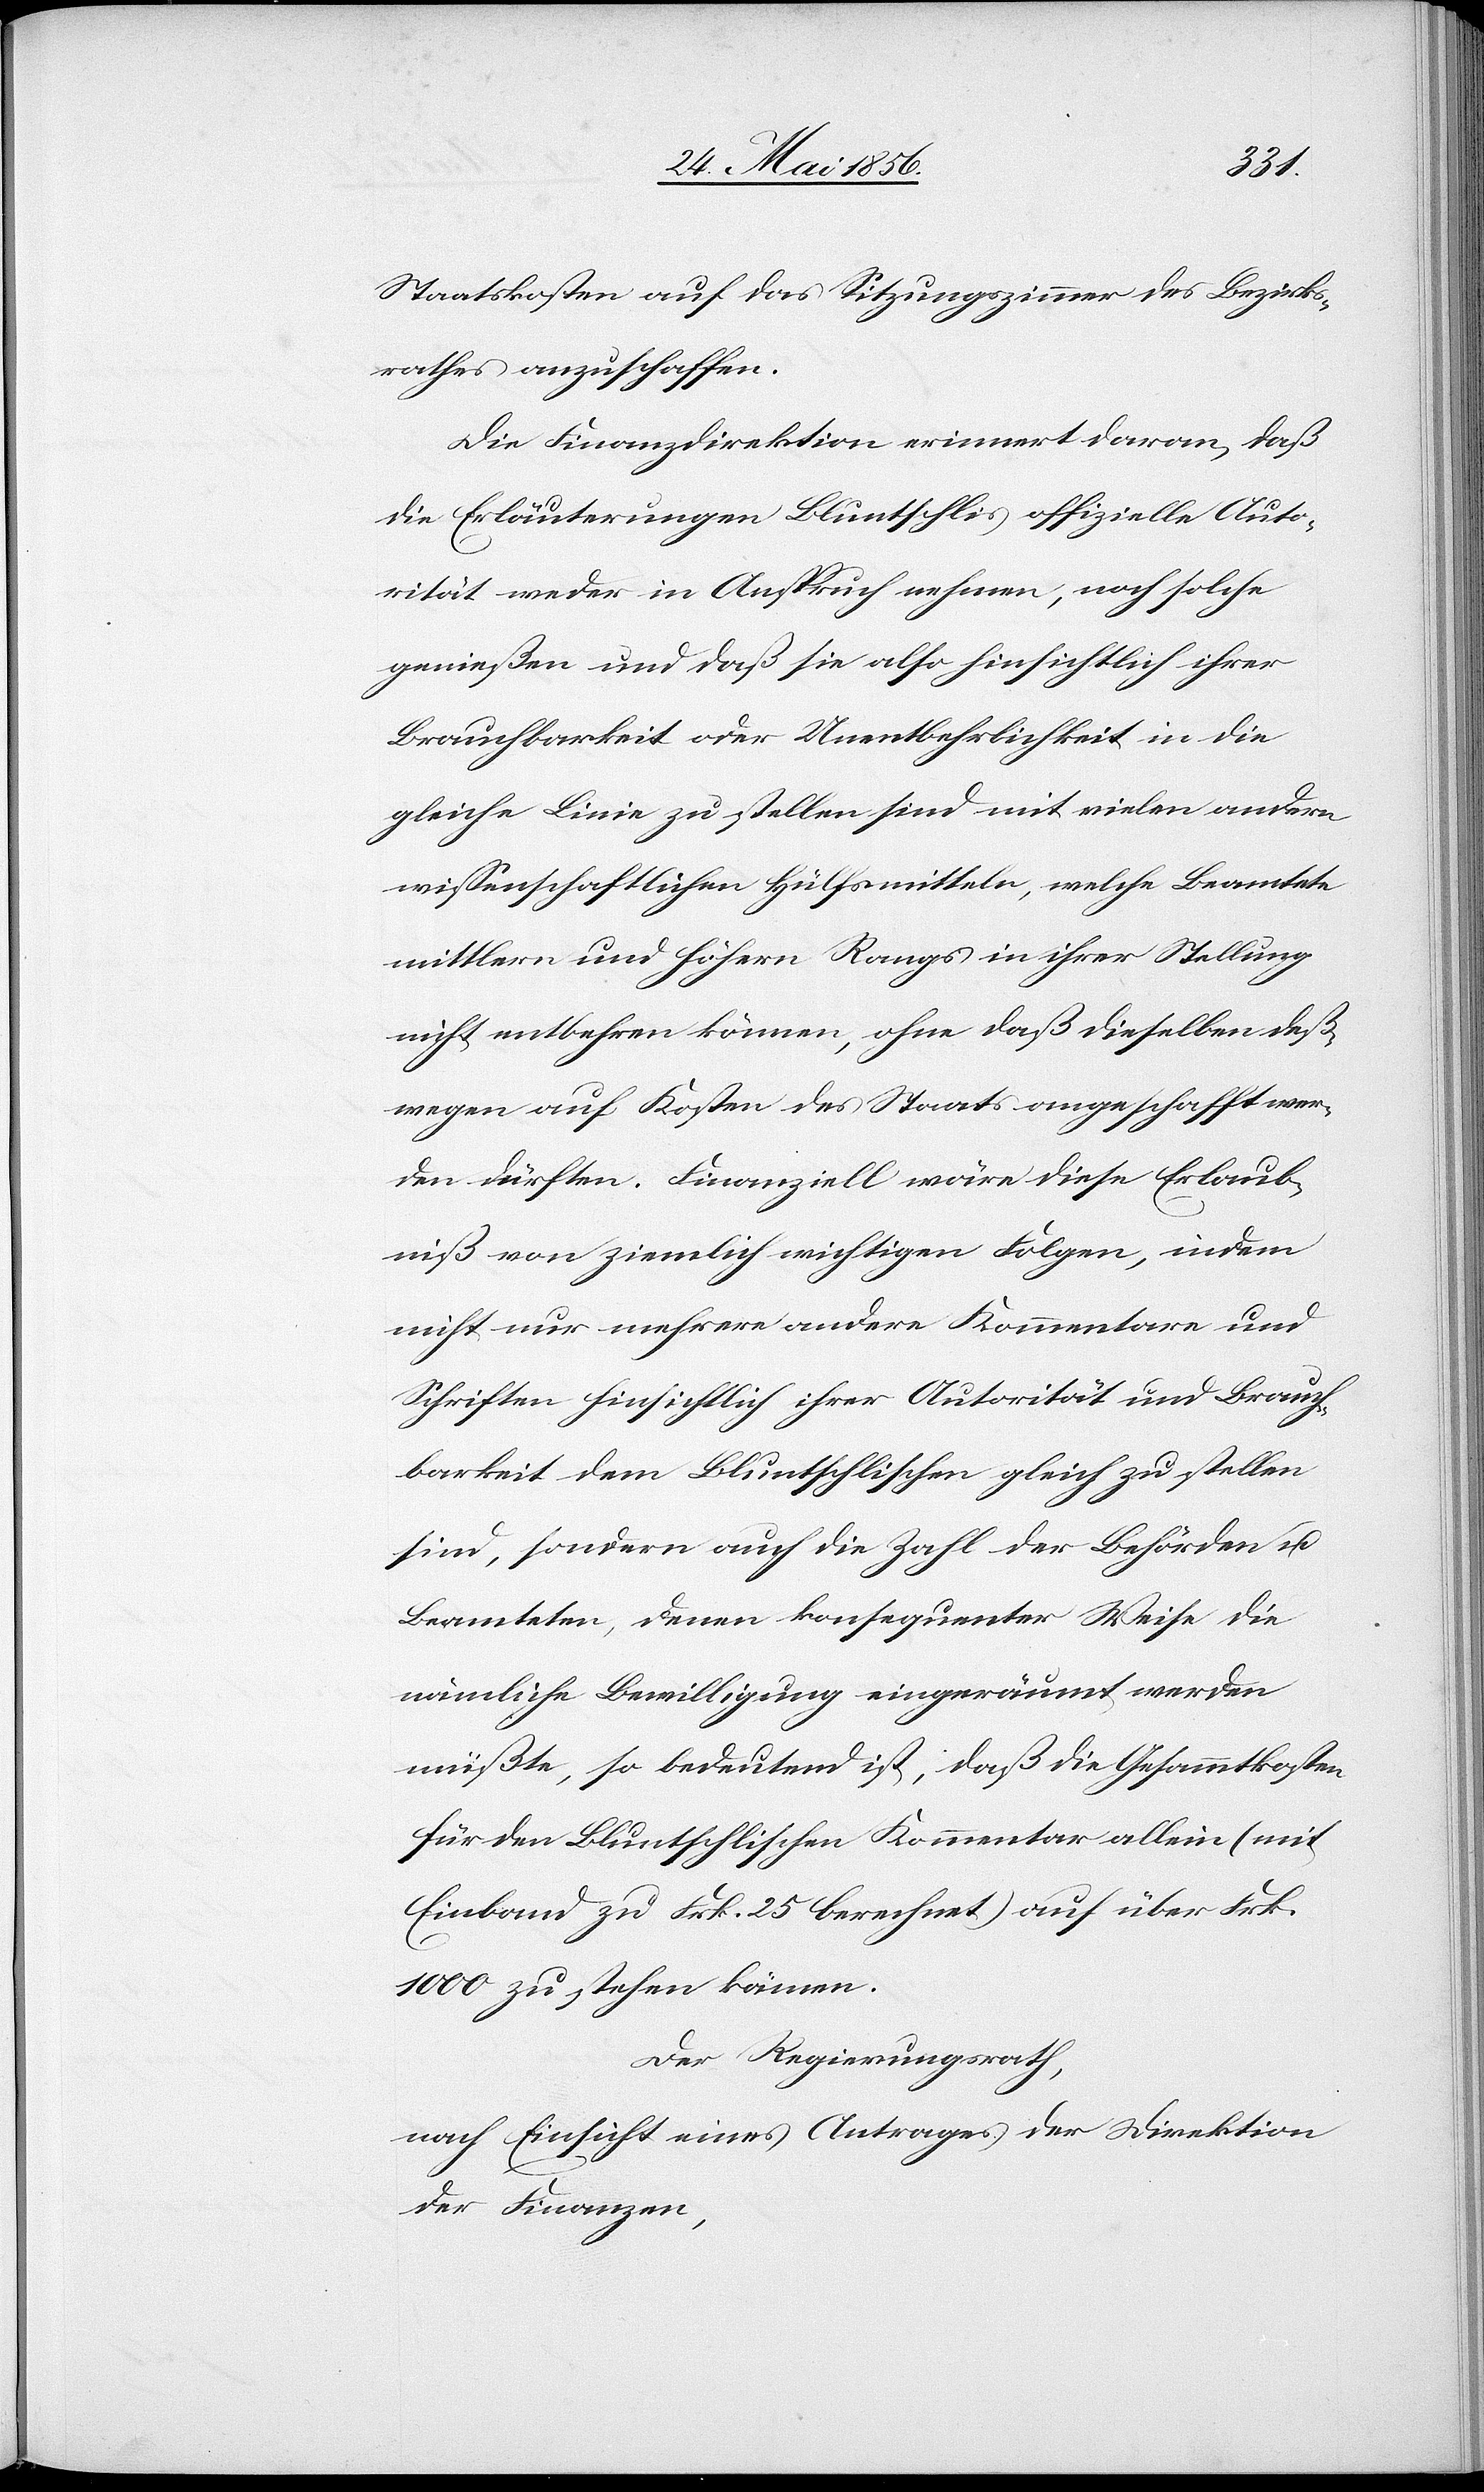
Staatskosten auf das Sitzungszimmer des Bezirks¬
rathes anzuschaffen.
Die Finanzdirektion erinnert daran, daß
die Erläuterungen Bluntschlis offizielle Auto¬
rität weder in Anspruch nehmen, noch solche
genießen und daß sie also hinsichtlich ihrer
Brauchbarkeit oder Unentbehrlichkeit in die
gleiche Linie zu stellen sind mit vielen andern
wissenschaftlichen Hülfsmitteln, welche Beamtete
mittlern und höhern Rangs in ihrer Stellung
nicht entbehren können, ohne daß dieselben deß¬
wegen auf Kosten des Staats angeschafft wer¬
den dürften. Finanziell wäre diese Erlaub¬
niß von ziemlich wichtigen Folgen, indem
nicht nur mehrere andere Kommentare und
Schriften hinsichtlich ihrer Autorität und Brauch¬
barkeit dem Bluntschlischen gleich zu stellen
sind, sondern auch die Zahl der Behörden u.
Beamteten, denen konsequenter Weise die
nämliche Bewilligung eingeräumt werden
müßte, so bedeutend ist, daß die Gesammtkosten
für den Bluntschlischen Kommentar allein (mit
Einband zu Frk. 25 berechnet) auf über Frk.
1000 zu stehen kämen.
Der Regierungsrath,
nach Einsicht eines Antrages der Direktion
der Finanzen,